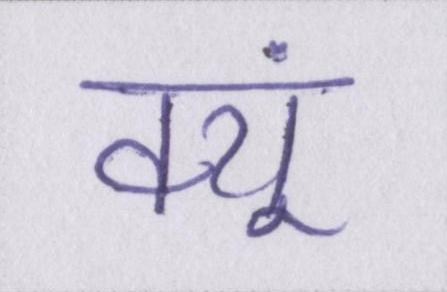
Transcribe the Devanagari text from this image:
क्यूं